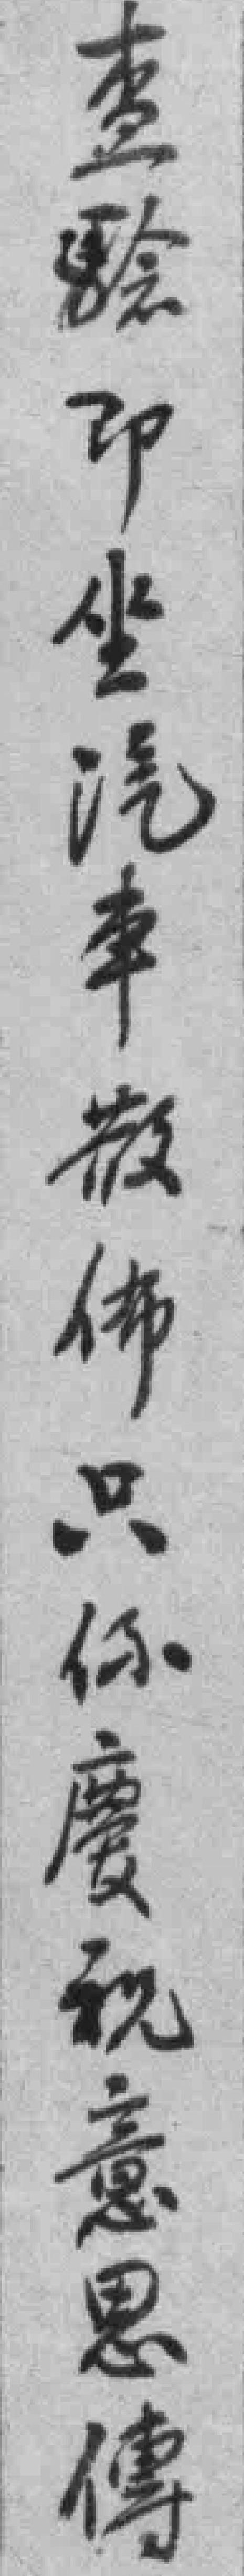
查驗即坐汽車散佈只係慶祝意思傳